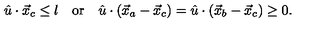
\begin{array} { c c c } { \hat { u } \cdot \vec { x } _ { c } \leq l } & { \mathrm { o r } } & { \hat { u } \cdot ( \vec { x } _ { a } - \vec { x } _ { c } ) = \hat { u } \cdot ( \vec { x } _ { b } - \vec { x } _ { c } ) \geq 0 . } \\ \end{array}